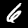
Digit: 6